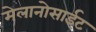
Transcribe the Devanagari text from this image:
मेलानोसाईट